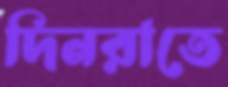
দিনরাতে